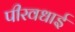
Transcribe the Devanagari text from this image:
पीरवधाई